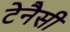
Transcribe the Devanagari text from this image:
टेनैसी